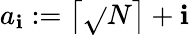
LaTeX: a_{\mathbf{i}}:=\left\lceil{\sqrt{}{{N}}}\right\rceil+\mathbf{i}